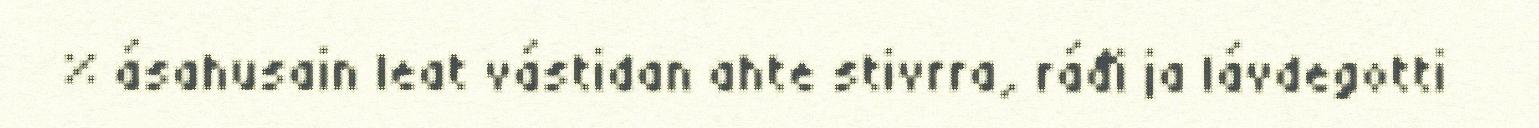
% ásahusain leat vástidan ahte stivrra, ráđi ja lávdegotti